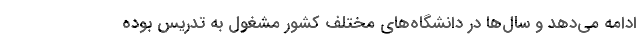
ادامه می‌دهد و سال‌ها در دانشگاه‌های مختلف کشور مشغول به تدریس بوده